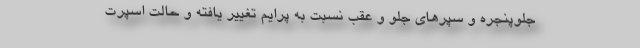
جلوپنجره و سپرهای جلو و عقب نسبت به پرایم تغییر یافته و حالت اسپرت